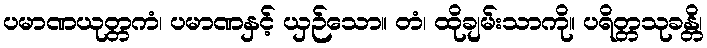
ပမာဏယုတ္တကံ၊ ပမာဏနှင့် ယှဉ်သော။ တံ၊ ထိုချမ်းသာကို။ ပရိတ္တသုခန္တိ၊